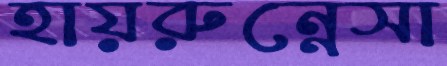
হায়রুন্নেসা